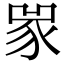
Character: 𧰽